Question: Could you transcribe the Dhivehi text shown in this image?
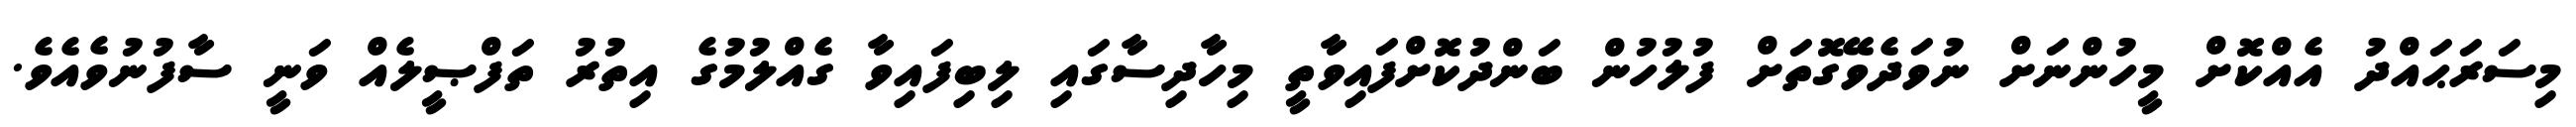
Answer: މިސަރަޙައްދު އެއްކޮށް މީހުންނަށް ނުވަދެވޭގޮތަށް ފުލުހުން ބަންދުކޮށްފައިވާތީ މިހާދިސާގައި ލިބިފައިވާ ގެއްލުމުގެ އިތުރު ތަފްޞީލެއް ވަނީ ސާފުނުވެއެވެ.